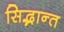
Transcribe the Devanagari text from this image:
सिद्भान्त